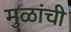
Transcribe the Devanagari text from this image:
मुळांची